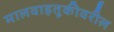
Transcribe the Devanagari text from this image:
मालवाहतूकीवरील